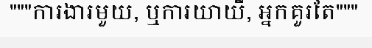
"""ការងារមួយ, ឬការយាយី, អ្នកគួរតែ"""